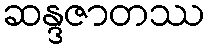
ဆန္ဒဇာတဿ